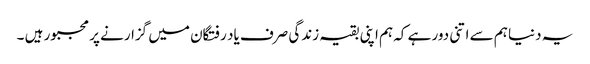
یہ دنیا ہم سے اتنی دور ہے کہ ہم اپنی بقیہ زندگی صرف یاد رفتگان میں گزارنے پر مجبور ہیں ۔